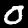
Label: 0